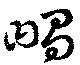
舅